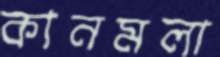
কানমলা